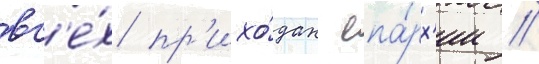
вс'е́х пр'ихо́дах епа́рх'ии //